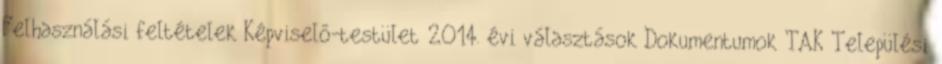
Felhasználási feltételek Képviselő-testület 2014. évi választások Dokumentumok TAK Települési